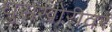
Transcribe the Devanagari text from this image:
घुसखोरीवर